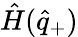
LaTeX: \hat{H}(\hat{q}_{+})